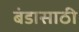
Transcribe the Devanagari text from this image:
बंडासाठी